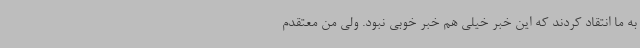
به ما انتقاد کردند که این خبر خیلی هم خبر خوبی نبود. ولی من معتقدم